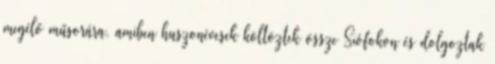
megélő műsorára, amiben huszonévesek költöztek össze Siófokon és dolgoztak